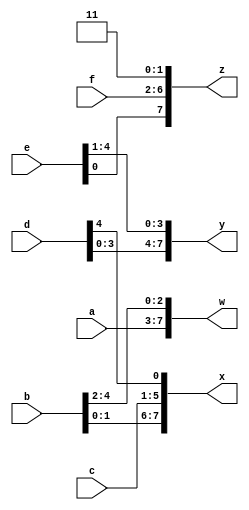
module top_module (
    input [4:0] a, b, c, d, e, f,
    output [7:0] w, x, y, z );

    // Concatenate inputs and add two 1 bits at the end
    wire [31:0] concatenated = {a, b, c, d, e, f, 2'b11};

    // Assign the 8-bit chunks to outputs
    assign {w, x, y, z} = concatenated;

endmodule